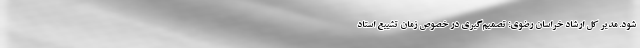
شود. مدیر کل ارشاد خراسان رضوی: تصمیم‌گیری در خصوص زمان تشییع استاد